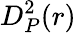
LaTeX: D_{P}^{2}(r)